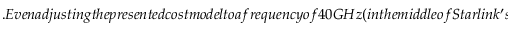
. E v e n a d j u s t i n g t h e p r e s e n t e d c o s t m o d e l t o a f r e q u e n c y o f 4 0 G H z ( i n t h e m i d d l e o f S t a r l i n k ^ { \prime } s u p l i n k a n d d o w n l i n k b a n d s ) , t h i s m o d e l p r o j e c t s a n a e r i a l m a s s d e n s i t y o f 2 , 3 9 6 g / m